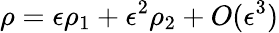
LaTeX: \rho=\epsilon\rho_{1}+\epsilon^{2}\rho_{2}+O(\epsilon^{3})